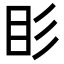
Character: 䀐